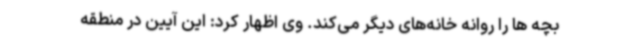
بچه ها را روانه خانه‌های دیگر می‌کند. وی اظهار کرد: این آیین در منطقه